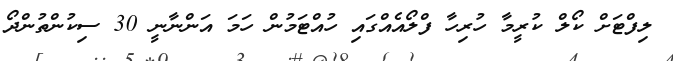
ލިފްޓަށް ކޯލް ކުރީމާ ހުރިހާ ފްލޯއެއްގައި ހުއްޓަމުން ހަމަ އަންނާނީ 30 ސިކުންތުންދޯ